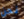
نحن